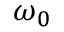
\omega _ { 0 }